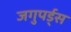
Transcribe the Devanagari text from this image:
जगुपर्ड्स